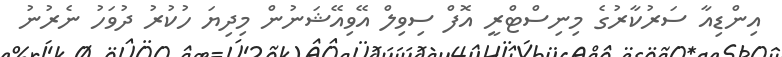
އިންޑިއާ ސަރުކާރުގެ މިނިސްޓްރީ އޮފް ސިވިލް އޭވިއޭޝަނުން މިދިޔަ ހުކުރު ދުވަހު ނެރުނު